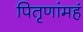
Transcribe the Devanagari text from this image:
पितृणांमहं